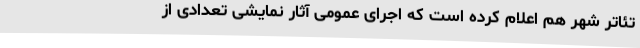
تئاتر شهر هم اعلام کرده است که اجرای عمومی آثار نمایشی تعدادی از